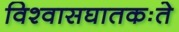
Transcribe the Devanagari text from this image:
विश्वासघातकःते